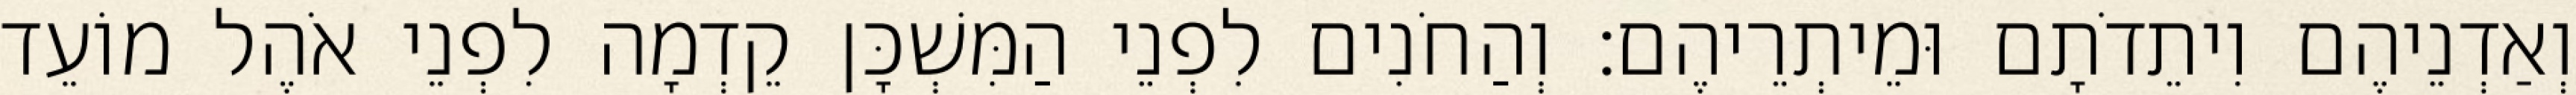
וְאַדְנֵיהֶם וִיתֵדֹתָם וּמֵיתְרֵיהֶם׃ וְהַחֹנִים לִפְנֵי הַמִּשְׁכָּן קֵדְמָה לִפְנֵי אֹהֶל מוֹעֵד